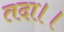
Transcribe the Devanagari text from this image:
तदा।।